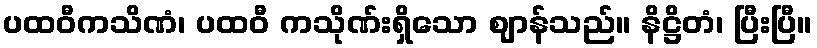
ပထဝီကသိဏံ၊ ပထဝီ ကသိုဏ်းရှိသော ဈာန်သည်။ နိဋ္ဌိတံ၊ ပြီးပြီ။